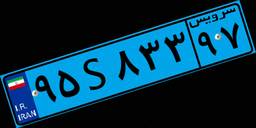
۱۷S۹۷۱۸۸